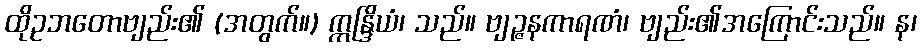
ထိုဥဘတောဗျည်း၏ (အတွက်။) ဣန္ဒြိယံ၊ သည်။ ဗျဉ္ဇနကာရဏံ၊ ဗျည်း၏အကြောင်းသည်။ န၊